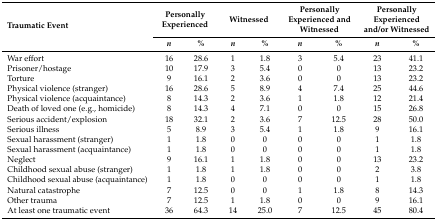
<table><thead><tr><td rowspan="2"><b>Traumatic Event</b></td><td colspan="2"><b>Personally Experienced</b></td><td colspan="2"><b>Witnessed</b></td><td colspan="2"><b>Personally Experienced and Witnessed</b></td><td colspan="2"><b>Personally Experienced and/or Witnessed</b></td></tr><tr><td><b><i>n</i></b></td><td><b>%</b></td><td><b><i>n</i></b></td><td><b>%</b></td><td><b><i>n</i></b></td><td><b>%</b></td><td><b><i>n</i></b></td><td><b>%</b></td></tr></thead><tbody><tr><td>War effort</td><td>16</td><td>28.6</td><td>1</td><td>1.8</td><td>3</td><td>5.4</td><td>23</td><td>41.1</td></tr><tr><td>Prisoner/hostage</td><td>10</td><td>17.9</td><td>3</td><td>5.4</td><td>0</td><td>0</td><td>13</td><td>23.2</td></tr><tr><td>Torture</td><td>9</td><td>16.1</td><td>2</td><td>3.6</td><td>0</td><td>0</td><td>13</td><td>23.2</td></tr><tr><td>Physical violence (stranger)</td><td>16</td><td>28.6</td><td>5</td><td>8.9</td><td>4</td><td>7.4</td><td>25</td><td>44.6</td></tr><tr><td>Physical violence (acquaintance)</td><td>8</td><td>14.3</td><td>2</td><td>3.6</td><td>1</td><td>1.8</td><td>12</td><td>21.4</td></tr><tr><td>Death of loved one (e.g., homicide)</td><td>8</td><td>14.3</td><td>4</td><td>7.1</td><td>0</td><td>0</td><td>15</td><td>26.8</td></tr><tr><td>Serious accident/explosion</td><td>18</td><td>32.1</td><td>2</td><td>3.6</td><td>7</td><td>12.5</td><td>28</td><td>50.0</td></tr><tr><td>Serious illness</td><td>5</td><td>8.9</td><td>3</td><td>5.4</td><td>1</td><td>1.8</td><td>9</td><td>16.1</td></tr><tr><td>Sexual harassment (stranger)</td><td>1</td><td>1.8</td><td>0</td><td>0</td><td>0</td><td>0</td><td>1</td><td>1.8</td></tr><tr><td>Sexual harassment (acquaintance)</td><td>1</td><td>1.8</td><td>0</td><td>0</td><td>0</td><td>0</td><td>1</td><td>1.8</td></tr><tr><td>Neglect</td><td>9</td><td>16.1</td><td>1</td><td>1.8</td><td>0</td><td>0</td><td>13</td><td>23.2</td></tr><tr><td>Childhood sexual abuse (stranger)</td><td>1</td><td>1.8</td><td>1</td><td>1.8</td><td>0</td><td>0</td><td>2</td><td>3.8</td></tr><tr><td>Childhood sexual abuse (acquaintance)</td><td>1</td><td>1.8</td><td>0</td><td>0</td><td>0</td><td>0</td><td>1</td><td>1.8</td></tr><tr><td>Natural catastrophe</td><td>7</td><td>12.5</td><td>0</td><td>0</td><td>1</td><td>1.8</td><td>8</td><td>14.3</td></tr><tr><td>Other trauma</td><td>7</td><td>12.5</td><td>1</td><td>1.8</td><td>0</td><td>0</td><td>9</td><td>16.1</td></tr><tr><td>At least one traumatic event</td><td>36</td><td>64.3</td><td>14</td><td>25.0</td><td>7</td><td>12.5</td><td>45</td><td>80.4</td></tr></tbody></table>